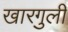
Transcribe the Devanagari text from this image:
खारगुली